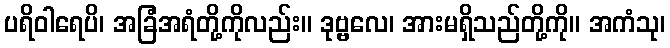
ပရိဝါရေပိ၊ အခြံအရံတို့ကိုလည်း။ ဒုဗ္ဗလေ၊ အားမရှိသည်တို့ကို။ အကံသု၊